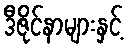
ဒီဇိုင်နာများနှင့်